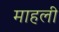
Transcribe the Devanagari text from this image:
माहली